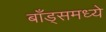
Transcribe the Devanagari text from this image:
बाँड्समध्ये